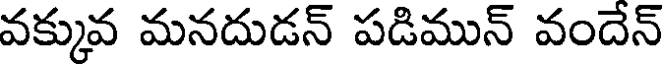
వక్కువ మనదుడన్ పడిమున్ వందేన్